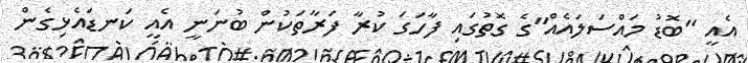
އެއީ "ބޮޑު މައްސަލައެއް"ގެ ގޮތުގައި ފާހަގަ ކުރާ ފަރާތަކުން ބުނަނީ އެއީ ކަނޑައެޅިގެން